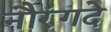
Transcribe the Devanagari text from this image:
नौरंगदे